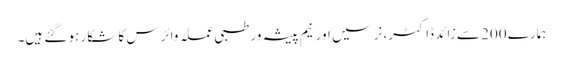
ہمارے 200 سے زائد ڈاکٹر، نرسیں اور نیم پیشہ ور طبی عملہ وائرس کا شکار ہو گئے ہیں۔